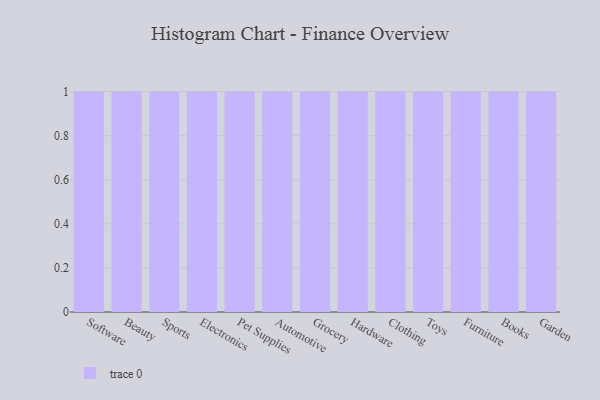
{"axis": {"x": "Category", "y": "Gross Profit (USD K)"}, "legend": [""], "data": [{"x": "Software", "y": 95, "type": ""}, {"x": "Beauty", "y": 17, "type": ""}, {"x": "Sports", "y": 80, "type": ""}, {"x": "Electronics", "y": 80, "type": ""}, {"x": "Pet Supplies", "y": 76, "type": ""}, {"x": "Automotive", "y": 63, "type": ""}, {"x": "Grocery", "y": 50, "type": ""}, {"x": "Hardware", "y": 52, "type": ""}, {"x": "Clothing", "y": 93, "type": ""}, {"x": "Toys", "y": 9, "type": ""}, {"x": "Furniture", "y": 33, "type": ""}, {"x": "Books", "y": 69, "type": ""}, {"x": "Garden", "y": 84, "type": ""}]}